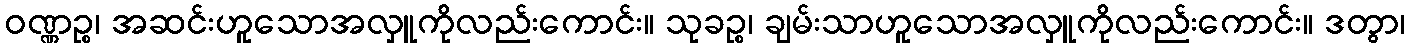
ဝဏ္ဏဉ္စ၊ အဆင်းဟူသောအလှူကိုလည်းကောင်း။ သုခဉ္စ၊ ချမ်းသာဟူသောအလှူကိုလည်းကောင်း။ ဒတွာ၊